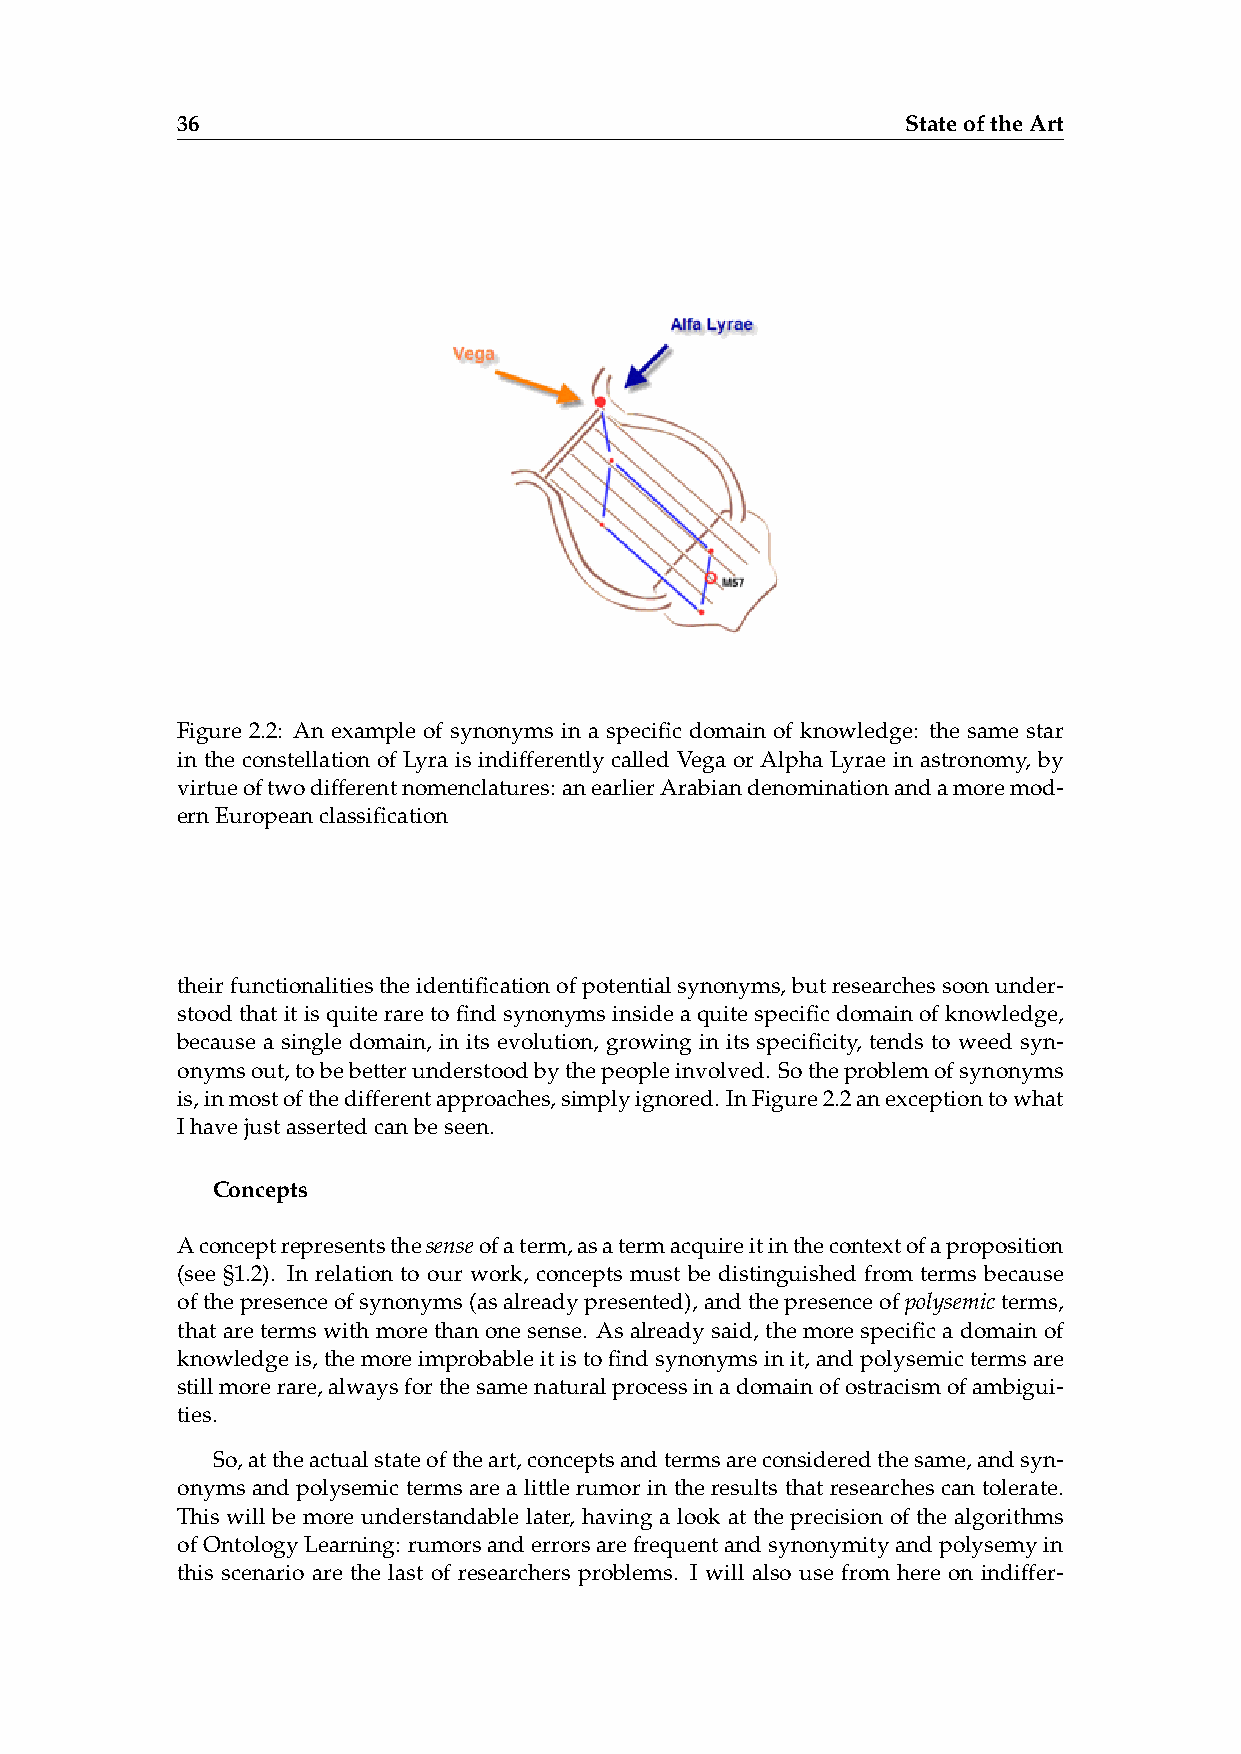
36                                              StateoftheArt
 Figure 2.2: An example of synonyms in a specific domain of knowledge: the same star
 in the constellation of Lyra is indifferently called Vega or Alpha Lyrae in astronomy, by
 virtueoftwodifferentnomenclatures: anearlierArabiandenominationandamoremod-
 ernEuropeanclassification
 theirfunctionalitiestheidentificationofpotentialsynonyms,butresearchessoonunder-
 stoodthatitisquiteraretofindsynonymsinsideaquitespecificdomainofknowledge,
 because a single domain, in its evolution, growing in its specificity, tends to weed syn-
 onymsout,tobebetterunderstoodbythepeopleinvolved. Sotheproblemofsynonyms
 is,inmostofthedifferentapproaches,simplyignored. InFigure2.2anexceptiontowhat
 Ihavejustassertedcanbeseen.
 Concepts
 Aconceptrepresentsthesenseofaterm,asatermacquireitinthecontextofaproposition
 (see §1.2). In relation to our work, concepts must be distinguished from terms because
 ofthepresenceofsynonyms(asalreadypresented),andthepresenceofpolysemicterms,
 thataretermswithmorethanonesense. Asalreadysaid, themorespecificadomainof
 knowledgeis,themoreimprobableitistofindsynonymsinit,andpolysemictermsare
 stillmorerare,alwaysforthesamenaturalprocessinadomainofostracismofambigui-
 ties.
 So,attheactualstateoftheart,conceptsandtermsareconsideredthesame,andsyn-
 onyms and polysemic terms are a little rumor in the results that researches can tolerate.
 This will be more understandable later, having a look at the precision of the algorithms
 ofOntologyLearning: rumorsanderrorsarefrequentandsynonymityandpolysemyin
 this scenario are the last of researchers problems. I will also use from here on indiffer-